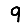
Digit: 9